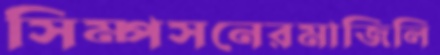
সিম্পসনেরমাজিলি